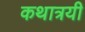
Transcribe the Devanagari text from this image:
कथात्रयी